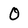
Character: O